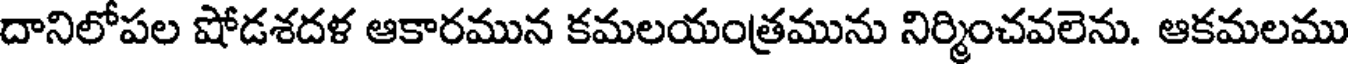
దానిలోపల షోడశదళ ఆకారమున కమలయంత్రమును నిర్మించవలెను. ఆకమలము